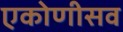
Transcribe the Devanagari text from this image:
एकोणीसव